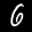
Label: 6